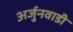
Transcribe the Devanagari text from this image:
अर्जुनवाडी